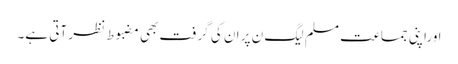
ا وراپنی جماعت مسلم لیگ ن پر ان کی گرفت بھی مضبوط نظر آتی ہے۔